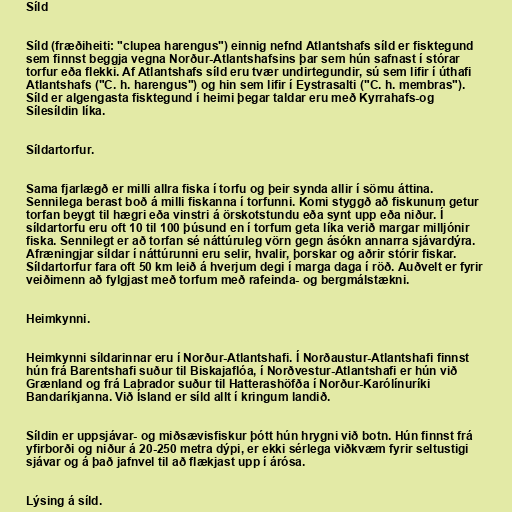
Síld

Síld (fræðiheiti: "clupea harengus") einnig nefnd Atlantshafs síld er fisktegund
sem finnst beggja vegna Norður-Atlantshafsins þar sem hún safnast í stórar
torfur eða flekki. Af Atlantshafs síld eru tvær undirtegundir, sú sem lifir í úthafi
Atlantshafs ("C. h. harengus") og hin sem lifir í Eystrasalti ("C. h. membras").
Síld er algengasta fisktegund í heimi þegar taldar eru með Kyrrahafs-og
Sílesíldin líka.

Síldartorfur.

Sama fjarlægð er milli allra fiska í torfu og þeir synda allir í sömu áttina.
Sennilega berast boð á milli fiskanna í torfunni. Komi styggð að fiskunum getur
torfan beygt til hægri eða vinstri á örskotstundu eða synt upp eða niður. Í
síldartorfu eru oft 10 til 100 þúsund en í torfum geta líka verið margar milljónir
fiska. Sennilegt er að torfan sé náttúruleg vörn gegn ásókn annarra sjávardýra.
Afræningjar síldar í náttúrunni eru selir, hvalir, þorskar og aðrir stórir fiskar.
Síldartorfur fara oft 50 km leið á hverjum degi í marga daga í röð. Auðvelt er fyrir
veiðimenn að fylgjast með torfum með rafeinda- og bergmálstækni.

Heimkynni.

Heimkynni síldarinnar eru í Norður-Atlantshafi. Í Norðaustur-Atlantshafi finnst
hún frá Barentshafi suður til Biskajaflóa, í Norðvestur-Atlantshafi er hún við
Grænland og frá Labrador suður til Hatterashöfða í Norður-Karólínuríki
Bandaríkjanna. Við Ísland er síld allt í kringum landið.

Síldin er uppsjávar- og miðsævisfiskur þótt hún hrygni við botn. Hún finnst frá
yfirborði og niður á 20-250 metra dýpi, er ekki sérlega viðkvæm fyrir seltustigi
sjávar og á það jafnvel til að flækjast upp í árósa.

Lýsing á síld.